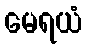
မေရယံ